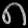
Digit: ၈